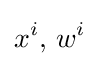
x^{i},\,w^{i}